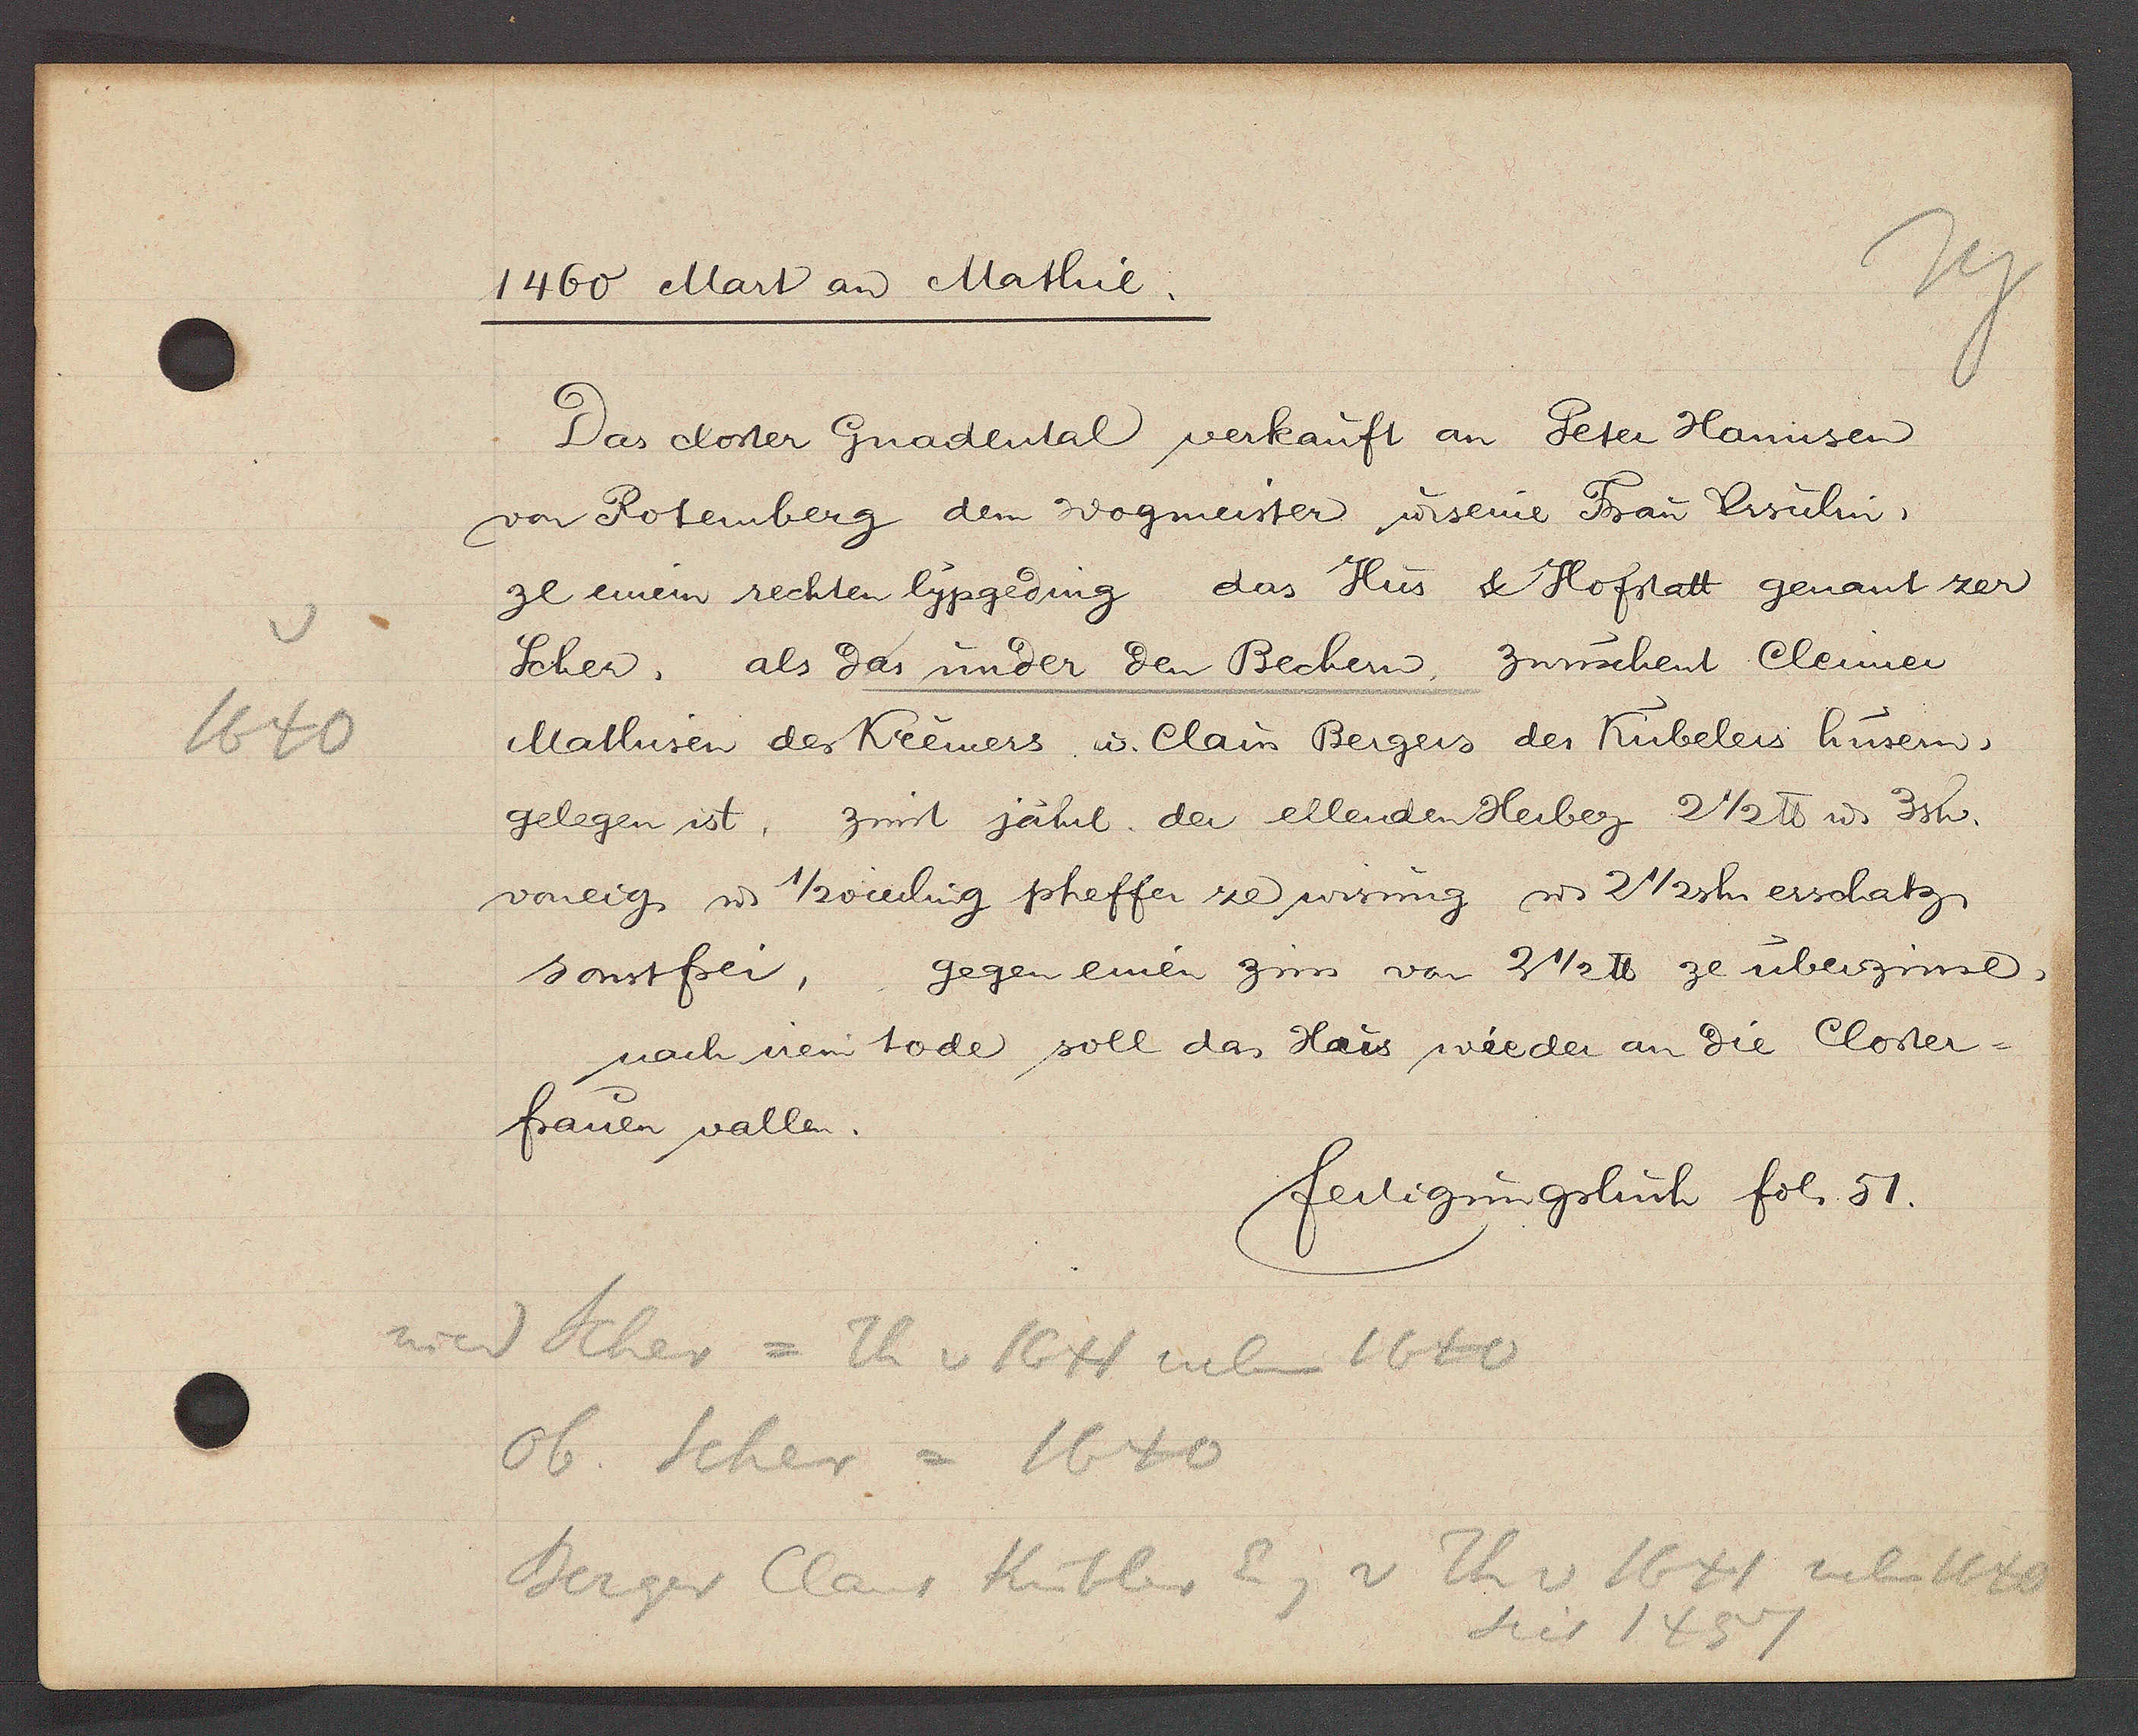
Transcript:
1640

1460 Mart an Mathie.

Das closer Gnadental verkauft an Peter Hannsen
von Rotenberg dem Wogmeister u seine Frau Ursulin,
ze einem rechten lypgeding das Hus & Hofstatt genant zer
Scher, als das under den Bechern, zwuschent Cleimer
Mathisen des Kremers u Claus Bergers der Kübelers husern,
gelegen ist, zinst jährl. der ellenden Herberg 2 1/2 ℔ u 3sh.
voneig. u. 1/2 vierling pheffer ze wisung u. 2 1/2 sh erschatz
sonstfrei, gegen einen zins von 3 1/2 ℔ ze überzinse,
nach irem tode soll das Haus wieder an die Closter¬
frauen vallen.

fertigungsbuch fol. 51.

nied Scher = Th v 1641 neben 1640
ob. Scher = 1640
Berger Claus Kübler Eig v Th v 1641 neben 1640
seit 1457